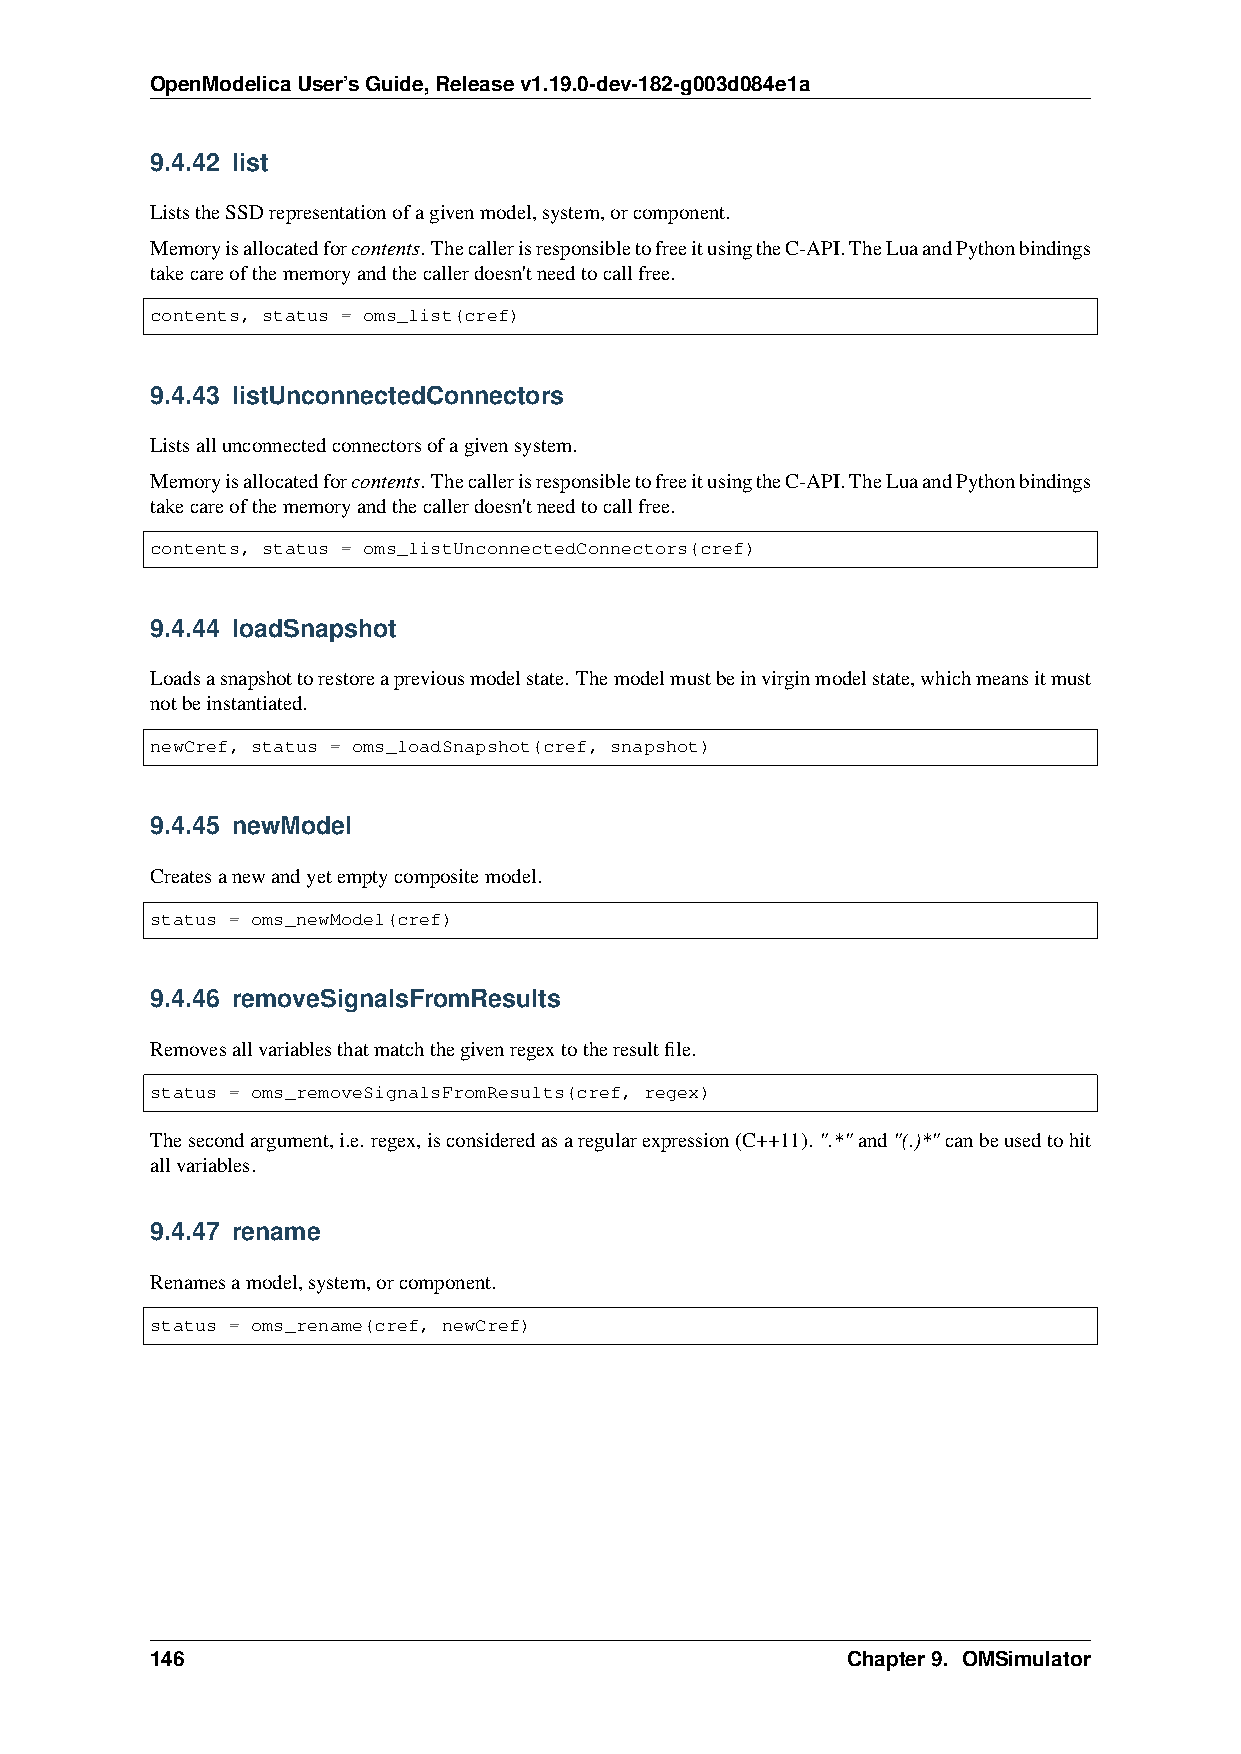
OpenModelicaUser’sGuide,Releasev1.19.0-dev-182-g003d084e1a
 9.4.42 list
 ListstheSSDrepresentationofagivenmodel,system,orcomponent.
 Memoryisallocatedforcontents.ThecallerisresponsibletofreeitusingtheC-API.TheLuaandPythonbindings
 takecareofthememoryandthecallerdoesn'tneedtocallfree.
 contents, status = oms_list(cref)
 9.4.43 listUnconnectedConnectors
 Listsallunconnectedconnectorsofagivensystem.
 Memoryisallocatedforcontents.ThecallerisresponsibletofreeitusingtheC-API.TheLuaandPythonbindings
 takecareofthememoryandthecallerdoesn'tneedtocallfree.
 contents, status = oms_listUnconnectedConnectors(cref)
 9.4.44 loadSnapshot
 Loadsasnapshottorestoreapreviousmodelstate. Themodelmustbeinvirginmodelstate,whichmeansitmust
 notbeinstantiated.
 newCref, status = oms_loadSnapshot(cref, snapshot)
 9.4.45 newModel
 Createsanewandyetemptycompositemodel.
 status = oms_newModel(cref)
 9.4.46 removeSignalsFromResults
 Removesallvariablesthatmatchthegivenregextotheresultfile.
 status = oms_removeSignalsFromResults(cref, regex)
 Thesecondargument,i.e. regex,isconsideredasaregularexpression(C++11). ".*"and"(.)*"canbeusedtohit
 allvariables.
 9.4.47 rename
 Renamesamodel,system,orcomponent.
 status = oms_rename(cref, newCref)
 146                                           Chapter9. OMSimulator